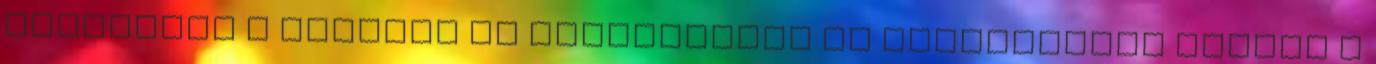
Hamarosan a többiek is megérkeztek és bemutatásra került a